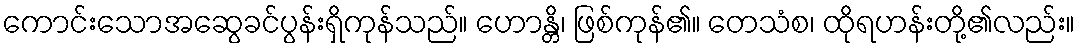
ကောင်းသောအဆွေခင်ပွန်းရှိကုန်သည်။ ဟောန္တိ၊ ဖြစ်ကုန်၏။ တေသံစ၊ ထိုရဟန်းတို့၏လည်း။